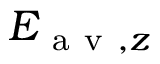
E _ { \mathrm { ~ a ~ v ~ } , z }